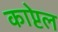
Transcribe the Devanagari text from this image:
काप्टेल